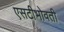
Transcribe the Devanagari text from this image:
एसटीभोवती